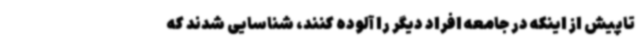
تاپیش از اینکه در جامعه افراد دیگر را آلوده کنند، شناسایی شدند که